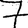
Digit: 7